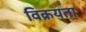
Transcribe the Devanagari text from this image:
विक्रयता